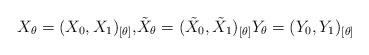
LaTeX: \begin{align*}X_{\theta}=( X_{0},X_{1}) _{\left[ \theta\right] }\text{,}\tilde{X}_{\theta}=( \tilde{X}_{0},\tilde{X}_{1}) _{\left[\theta\right] }Y_{\theta}=( Y_{0},Y_{1}) _{\left[\theta\right] }\end{align*}